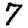
Digit: 7